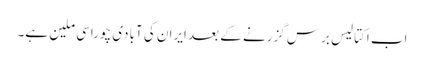
اب اکتالیس برس گزرنے کے بعد ایران کی آبادی چوراسی ملین ہے۔